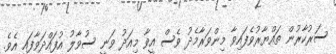
ސަރުކާރުން ތައްޔާރުވެފައިވާ މިންވަރާމެދު ވެސް އީވާ މިއަދު ވަނީ ސުވާލު އުފައްދަވާފައި އެވެ.